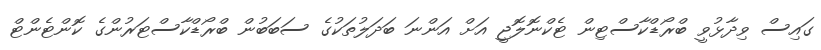
ގައިސް ވިދާޅުވީ ބްރޯޑްކާސްޓިން ޓެކްނޮލޮޖީ އަށް އަންނަ ބަދަލުތަކުގެ ސަބަބުން ބްރޯޑްކާސްޓަރުންގެ ކޮންޓެންޓް